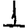
Digit: 1